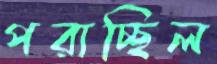
পরাচ্ছিল